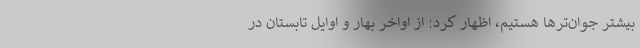
بیشتر جوان‌ترها هستیم، اظهار کرد: از اواخر بهار و اوایل تابستان در